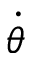
\dot { \theta }